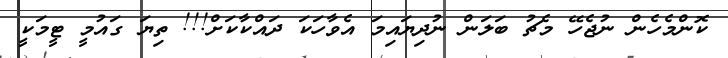
ކޮންމެހެން ނުޖެހޭ މެޗު ބަލަން ނުދިޔައިމަ އެވާހަކަ ދައްކާކަށް!!! ތިޔަ ގައުމީ ޓީމަކީ